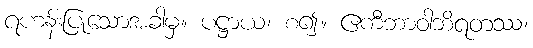
ရဟန်းပြုသောအခါမှ။ ပဋ္ဌာယ၊ စ၍။ ဧကီဘာဝါဘိရတဿ၊